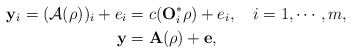
\begin{align*}\mathbf{y}_i= (\mathcal{A}(\rho))_i + e_i&= c (\mathbf{O}_i^* \rho) +e_i, \ \ \ i=1, \cdots, m, \ \ \ \\\mathbf{y} &= \mathbf{A} (\mathbf{\rho}) +\mathbf{e},\end{align*}